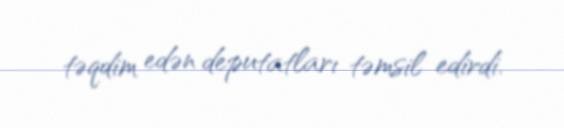
təqdim edən deputatları təmsil edirdi.